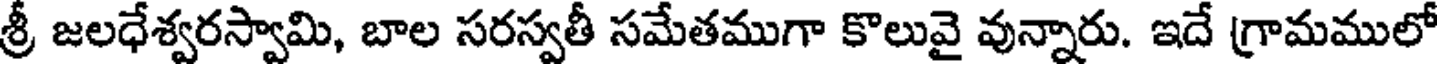
శ్రీ జలధేశ్వరస్వామి, బాల సరస్వతీ సమేతముగా కొలువై వున్నారు. ఇదే గ్రామములో